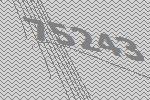
75243